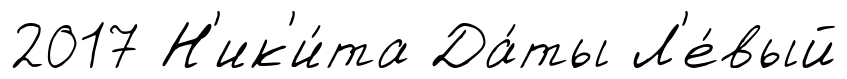
2017 Н'ик'и́та Да́ты Л'е́вый